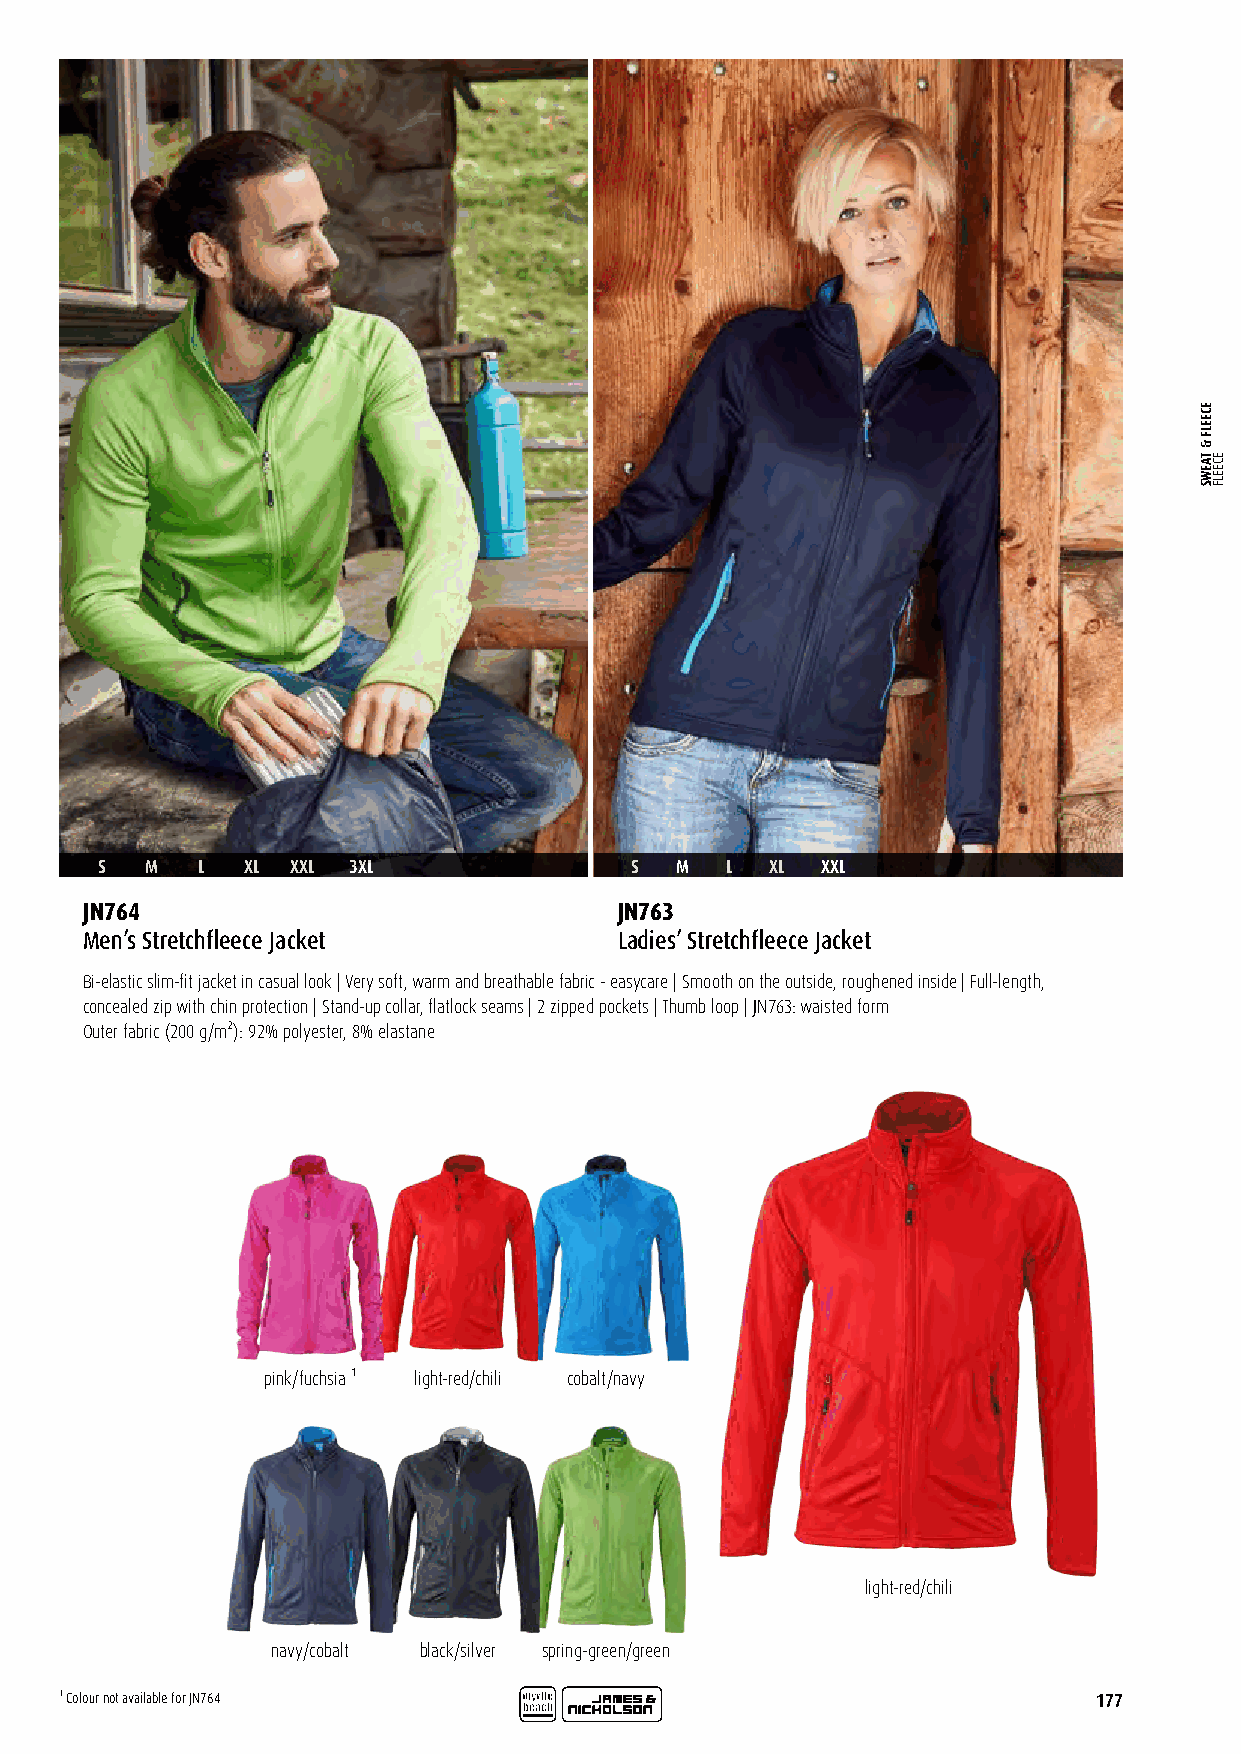
S   M  L  XL XXL 3XL                S  M  L  XL XXL
 JN764                               JN763
 Men’s Stretchfleece Jacket          Ladies’ Stretchfleece Jacket
 Bi-elastic slim-fit jacket in casual look | Very soft, warm and breathable fabric - easycare | Smooth on the outside, roughened inside | Full-length,
 concealed zip with chin protection | Stand-up collar, flatlock seams | 2 zipped pockets | Thumb loop | JN763: waisted form
 Outer fabric (200 g/m²): 92% polyester, 8% elastane
 pink/fuchsia ¹ light-red/chili cobalt/navy
 light-red/chili
 navy/cobalt black/silver spring-green/green
 ¹ Colour not available for JN764                                     177
 ECEELF
 &
 TAEWS ECEELF